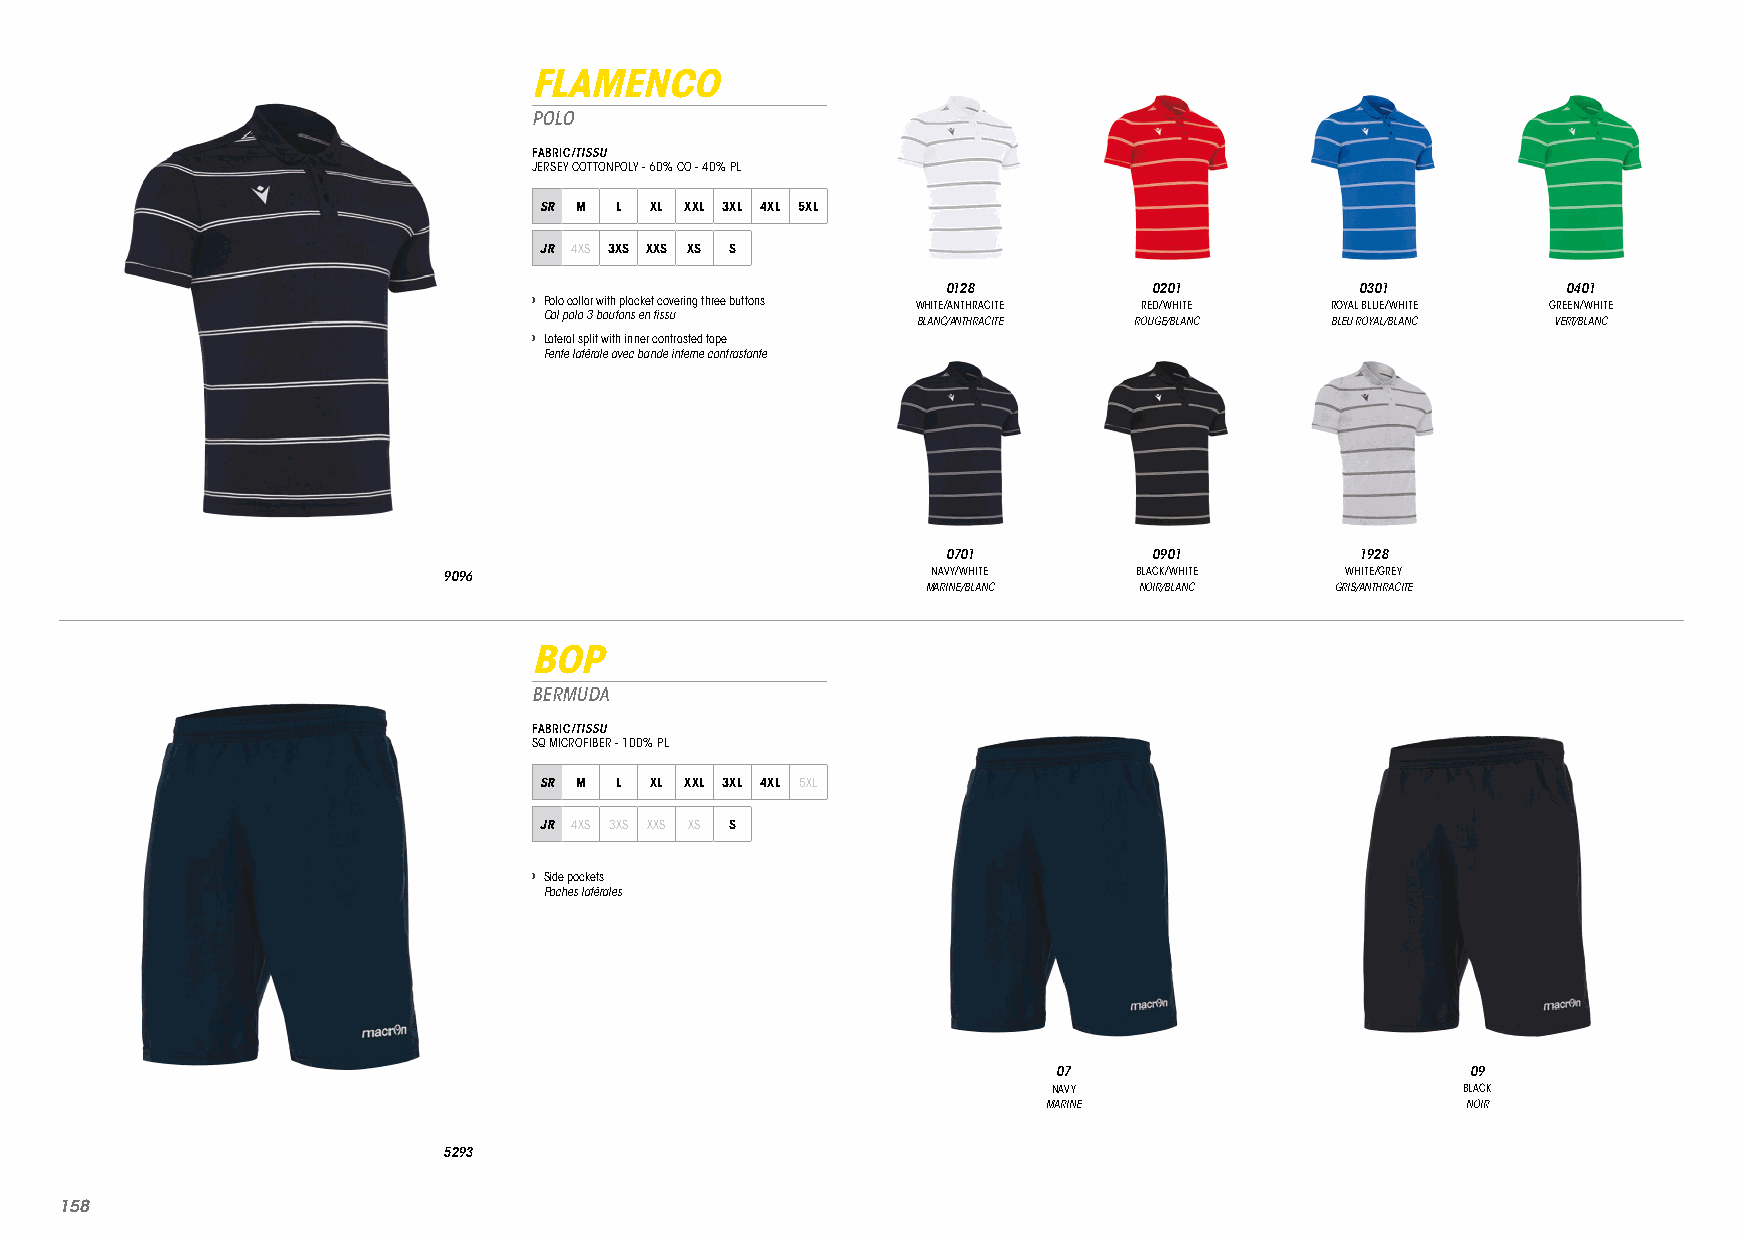
FLAMENCO
 POLO
 FABRIC/TISSU
 JERSEY COTTONPOLY - 60% CO - 40% PL
 SR M L XL XXL 3XL 4XL 5XL
 JR 4XS 3XS XXS XS S
 0128         0201          0301          0401
 › Polo collar with placket covering three buttons WHITE/ANTHRACITE RED/WHITE ROYAL BLUE/WHITE GREEN/WHITE
 Col polo 3 boutons en tissu
 BLANC/ANTHRACITE ROUGE/BLANC BLEU ROYAL/BLANC VERT/BLANC
 › Lateral split with inner contrasted tape
 Fente latérale avec bande interne contrastante
 0701         0901          1928
 9096                             NAVY/WHITE   BLACK/WHITE   WHITE/GREY
 MARINE/BLANC  NOIR/BLANC   GRIS/ANTHRACITE
 BOP
 BERMUDA
 FABRIC/TISSU
 SQ MICROFIBER - 100% PL
 SR M L XL XXL 3XL 4XL 5XL
 JR 4XS 3XS XXS XS S
 › Side pockets
 Poches latérales
 07                         09
 NAVY                       BLACK
 MARINE                      NOIR
 5293
 115588